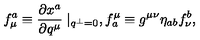
f _ { \mu } ^ { a } \equiv \frac { \partial x ^ { a } } { \partial q ^ { \mu } } \mid _ { q ^ { \perp } = 0 } , f _ { a } ^ { \mu } \equiv g ^ { \mu \nu } \eta _ { a b } f _ { \nu } ^ { b } ,